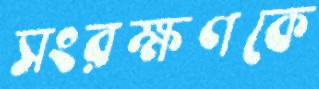
সংরক্ষণকে